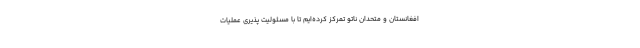
افغانستان و متحدان ناتو تمرکز کرده‌ایم تا با مسئولیت پذیری عملیات